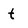
Character: t